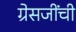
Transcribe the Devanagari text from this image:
ग्रेसजींची